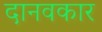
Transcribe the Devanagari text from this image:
दानवकार